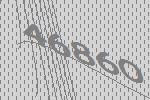
46860